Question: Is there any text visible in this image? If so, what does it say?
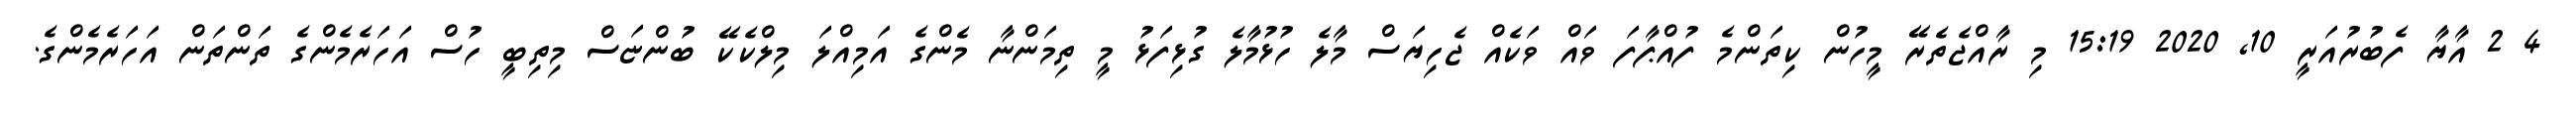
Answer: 4 2 އާޔާ ފެބުރުއަރީ 10, 2020 15:19 މި ރާއްޖެތެރޭ މީހުން ކިތަންމެ ފުއްޕާފަ ވައް ވަކެއް ޖެހިޔަސް މާލެ ހުޅުމާލެ ގުޅިފަޅު މީ ތިމަންނާ މެންގެ އަމިއްލަ މިލްކެކޭ ބުންޏަސް މިތިބީ ހުސް އަހަރެމެންގެ ތަންތަން އަހަރެމެންގެ.